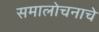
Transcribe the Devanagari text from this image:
समालोचनाचे